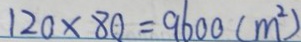
1 2 0 \times 8 0 = 9 6 0 0 ( m ^ { 2 } )